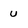
Character: u